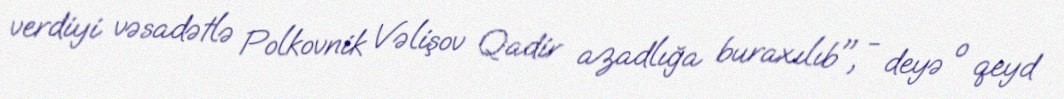
verdiyi vəsadətlə Polkovnik Vəlişov Qadir azadlığa buraxılıb", - deyə o qeyd